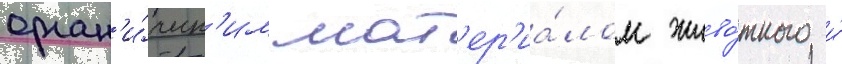
орган'и́ческ'им мат'ер'иа́лом живо́тного и́